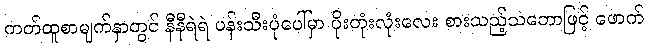
ကတ်ထူစာမျက်နှာတွင် နီနီရဲရဲ ပန်းသီးပုံပေါ်မှာ ပိုးတုံးလုံးလေး စားသည့်သဘောဖြင့် ဖောက်